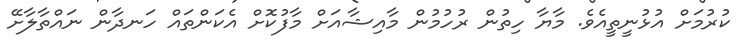
ކުރުމަށް އުޅުނީތީއެވެ. މާޔާ ހިތުން ރުހުމުން މާއިޝާއަށް މާފުކޮށް އެކަންތައް ހަނދާން ނައްތާލާށޭ